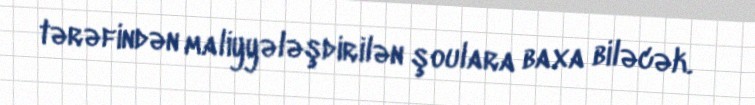
tərəfindən maliyyələşdirilən şoulara baxa biləcək.